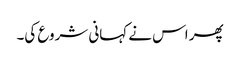
پھر اس نے کہانی شروع کی۔